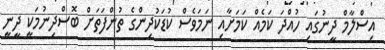
އިސްލާމް ދީނުގައި ހުއްދަ ކަމެއް ކަމަށާއި ނަމަވެސް ކުޑަކުދިންގެ ތުންފަތަށް ބޮސްދިނުމަކީ ދީނީ